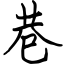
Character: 巷